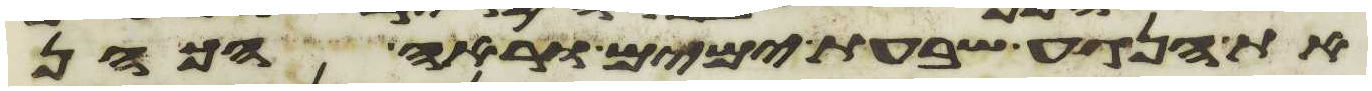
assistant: את הנגע שבעת ימים וראה הכהן